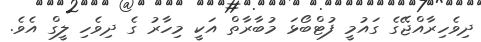
ދިވެހިރާއްޖޭގެ ގައުމީ ފުޓްބޯޅަ މުބާރާތް އަކީ މިހާރު ގެ ދިވެހި ލީގް އެވެ.